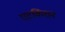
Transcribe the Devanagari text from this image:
एटकिंशन